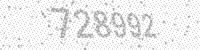
Solution: 728992